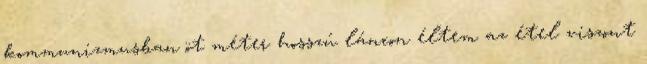
kommunizmusban öt méter hosszú láncon éltem az étel viszont